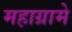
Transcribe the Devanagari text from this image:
महाग्रामे